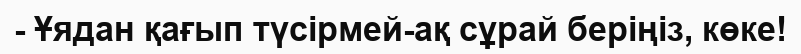
- Ұядан қағып түсірмей-ақ сұрай беріңіз, көке!